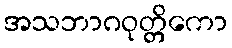
အသဘာဂဝုတ္တိကော